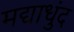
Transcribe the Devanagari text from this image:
मद्याधुंद